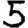
Digit: 5